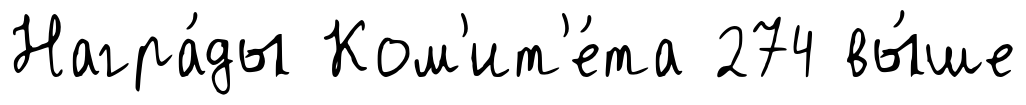
Награ́ды Ком'ит'е́та 274 вы́ше